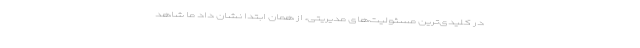
در کلیدی‌ترین مسئولیت‌های مدیریتی، از همان ابتدا نشان داد ما شاهد